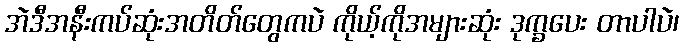
အဲဒီအနီးကပ်ဆုံးအတိတ်တွေကပဲ ကိုယ့်ကိုအများဆုံး ဒုက္ခပေး တာပါပဲ၊